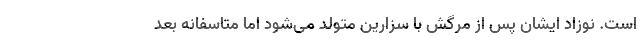
است. نوزاد ایشان پس از مرگش با سزارین متولد می‌شود اما متاسفانه بعد